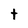
Character: t